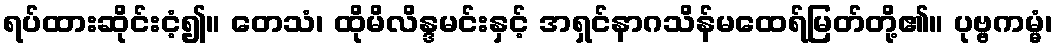
ရပ်ထားဆိုင်းငံ့၍။ တေသံ၊ ထိုမိလိန္ဒမင်းနှင့် အရှင်နာဂသိန်မထေရ်မြတ်တို့၏။ ပုဗ္ဗကမ္မံ၊